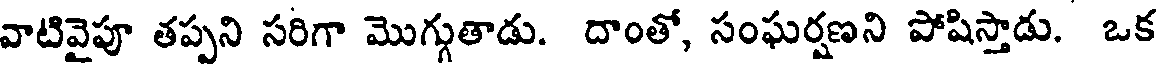
వాటివైపూ తప్పని సరిగా మొగ్గుతాడు. దాంతో, సంఘర్షణని పోషిస్తాడు. ఒక